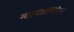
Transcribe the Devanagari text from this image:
न्यायालयांवर